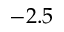
- 2 . 5